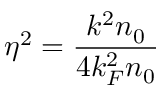
\eta ^ { 2 } = \frac { k ^ { 2 } n _ { 0 } } { 4 k _ { F } ^ { 2 } n _ { 0 } }